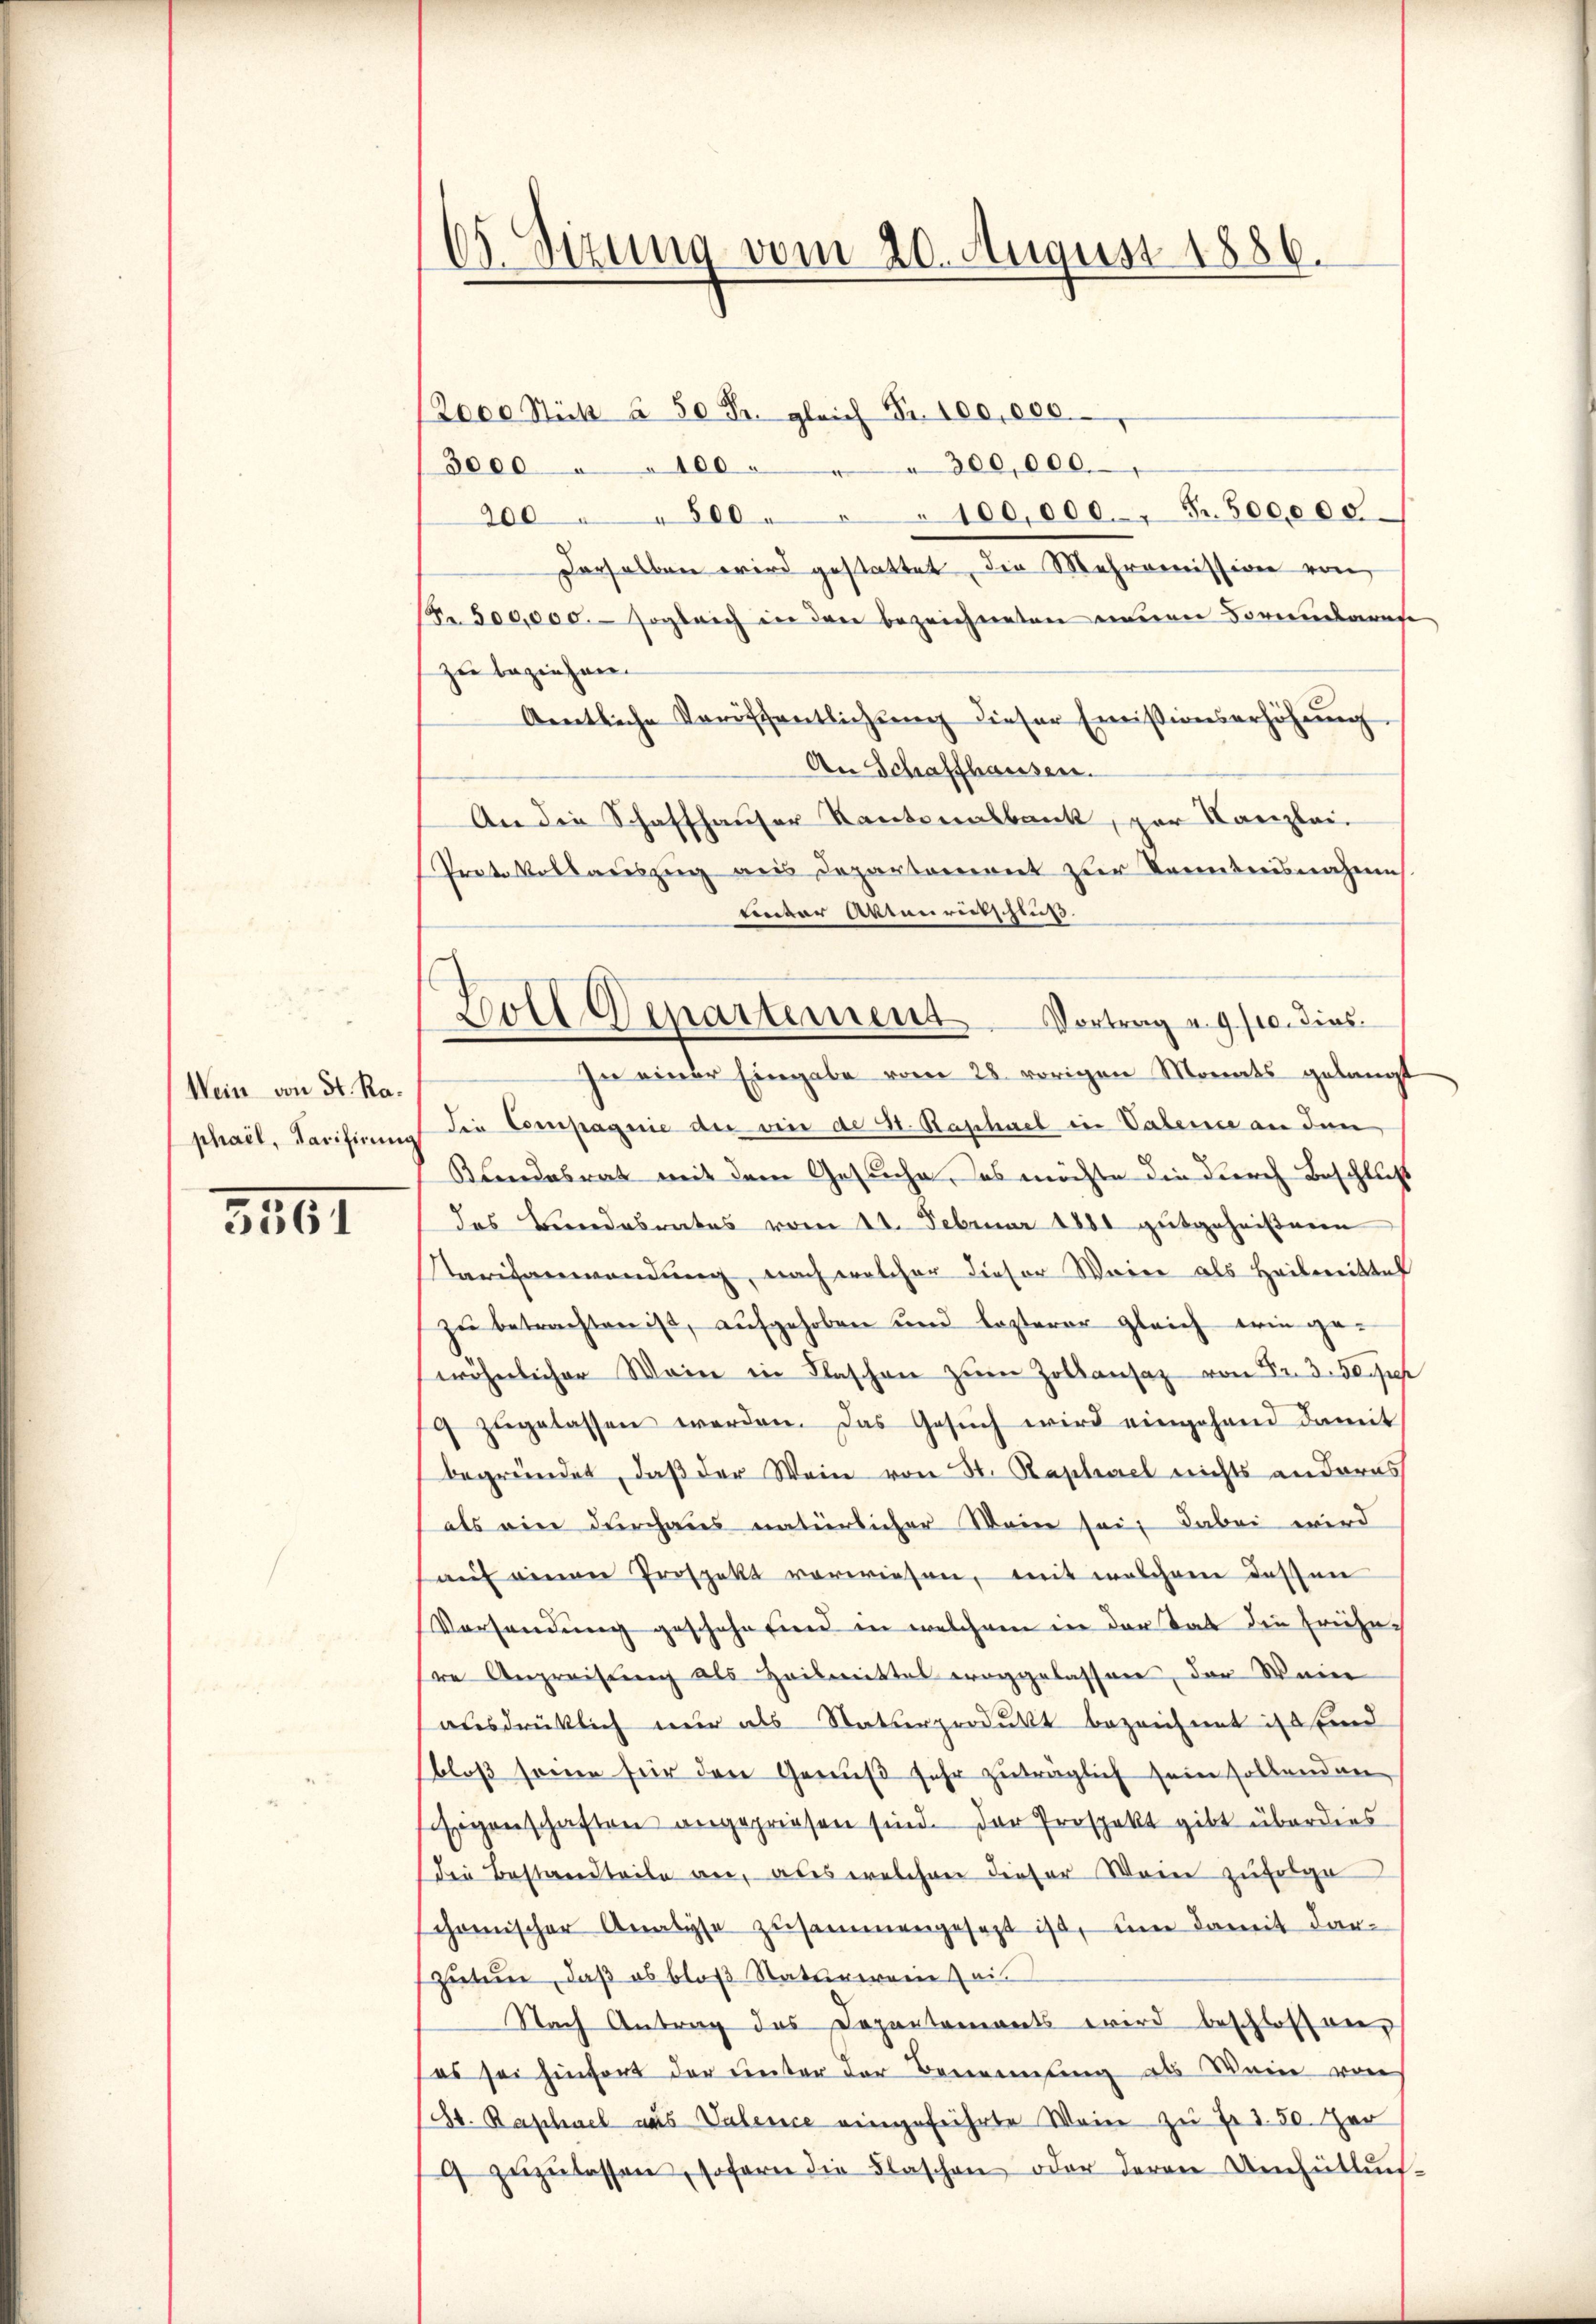
Wein von St. Raphail, Tarifirung

5361

65. Sizung vom 20. August 1886.

Boll Departement Vortrag u. 9/10. dies

(2000 Stük à 50 Fr. gleich Fr. 100,000.
3000 " " 100 . " " 300,000.
200 " " 500 . " " 100,000 Fr. 500000
derselben wird gestattet die Mehromission von
Nr. 500,000. sogleich in den bezeichneten eineren Formendemause
zu beziehen.
Aentliche Veröffentlichŭng dieser Emissionserhöhŭng
An Schaffhausen.
An die Schaffhauser Kantonalbank, zur Kanzlei-
Protokollauszug aus Departement zur Kenntnisnahen
tinter Aktenrutschluß.
In einer Eingabe vom 28. vorigen Monats gelangt
Die Compagnie der vie de 2. Raphael in Valence an den
Klandesrath mit dem Gesuche, das möchte die durch Beschluß
das Berendesrates vom 21. Februar 1881 gutgeheißenen
Tarifanwendung, nach welcher dieser Weier als Heilmittel
zu betrachten ist, aufgehoben und lezterer gleich wie ge-
wöhnlicher Wein in Flaschen zŭm Zollansaz von Fr. 3. 50 Juch
9 zŭgelassen werden. Das Gesŭch wird eingehand damit
begründet, daß der Wein von H. Raphael nichts an daras
als eine durchaus natürlicher Wein sei, dabei wird
auf einen Prospekt vorwiesen, mit welchem dessen
Vorhandung geschehe sind in welchem in der Tat die frühere Angreifung als Heilmittel eroggelassen, der Wein
ausdrücklich nur als Statterprodukt bezeichnet ist sand
bloß seine für den Genuß sehr zuträglich sein sollenden
sigenschaften angepriesen sind. Der Prospekt gibt überdies
die Bestandteile an, als welchen dieser Wein zufolge
schanischer Analyse zusammengesezt ist, um damit dar-
zutun, daß es bloβ Naturereine eis
Nach Antrag das Departaments wird beschlossen
es sei hinfort der unter der Beweisung als Wein von
S. Raphael aus Valence eingeführte Weine zu Fr. 150. Her
9 zŭzŭlassen, sofern die Flaschen oder deren Umhüllun-